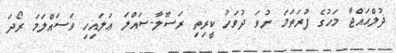
ޛުލްޙައްޖާ މަހުގެ ފުރަތަމަ ނުވަ ދުވަހު ކީރިތި ރަސޫލާ-ޞައްލަ ޢަލައިހި ވަސައްލަމަ ރޯދަ